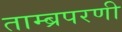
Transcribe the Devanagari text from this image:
ताम्ब्रपरणी